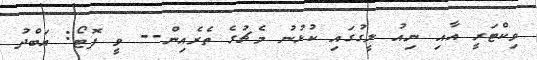
ވިކްޓަރީ އާއި ނިއު ލީގުގައި ކުޅުނު މެޗުގެ ތެރެއިން-- ވީ ފޮޓޯ: އަބްދު